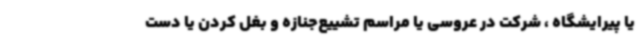
یا پیرایشگاه ، شرکت در عروسی یا مراسم تشییع‌جنازه و بغل کردن یا دست